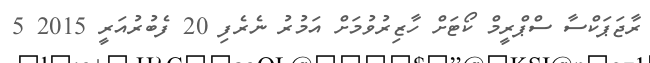
ރާޖަޕަކްސާ ސްޕްރީމް ކޯޓަށް ހާޒިރުވުމަށް އަމުރު ނެރެފި 20 ފެބުރުއަރީ 2015 5